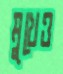
মুখেও